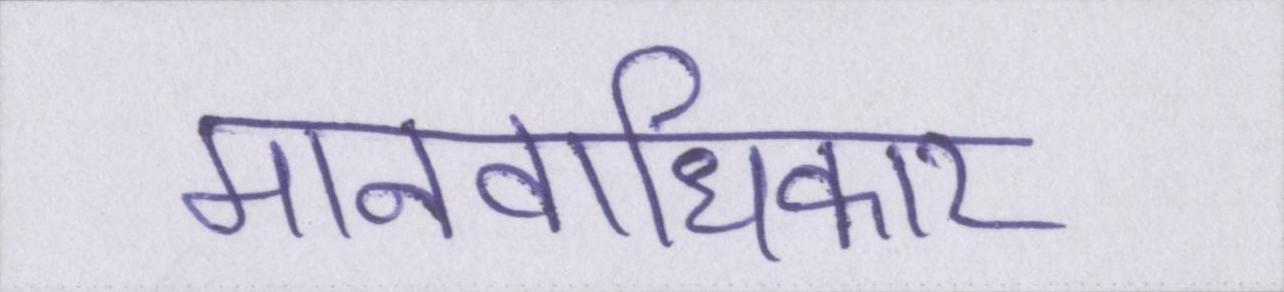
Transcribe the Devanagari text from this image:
मानवाधिकार